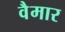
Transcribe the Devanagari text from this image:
वैमार